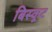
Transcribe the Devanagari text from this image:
बिस्कूट